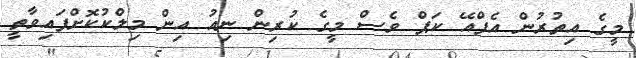
މީގެ އިތުރުން އެފްއޭ ކަޕް ވެސް މީގެ ކުރިން ނިއު އިން މިލްކުކޮށްފައިވާތީ